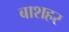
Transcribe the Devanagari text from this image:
बाशहर